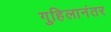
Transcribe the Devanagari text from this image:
गुहिलानंतर